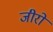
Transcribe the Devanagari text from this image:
जीरों